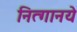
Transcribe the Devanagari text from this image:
नित्‍गानये